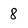
Character: 8